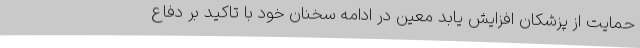
حمایت از پزشکان افزایش یابد معین در ادامه سخنان خود با تاکید بر دفاع